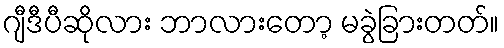
ဂျီဒီပီဆိုလား ဘာလားတော့ မခွဲခြားတတ်။